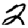
Digit: 2